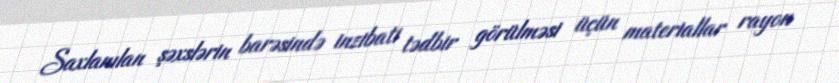
Saxlanılan şəxslərin barəsində inzibati tədbir görülməsi üçün materiallar rayon